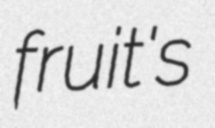
fruit's